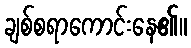
ချစ်စရာကောင်းနေ၏။